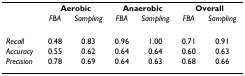
<table><thead><tr><td></td><td colspan="2"><b>Aerobic</b></td><td colspan="2"><b>Anaerobic</b></td><td colspan="2"><b>Overall</b></td></tr><tr><td></td><td><b><i>FBA</i></b></td><td><b><i>Sampling</i></b></td><td><b><i>FBA</i></b></td><td><b><i>Sampling</i></b></td><td><b><i>FBA</i></b></td><td><b><i>Sampling</i></b></td></tr></thead><tbody><tr><td><i>Recall</i></td><td>0.48</td><td>0.83</td><td>0.96</td><td>1.00</td><td>0.71</td><td>0.91</td></tr><tr><td><i>Accuracy</i></td><td>0.55</td><td>0.62</td><td>0.64</td><td>0.64</td><td>0.60</td><td>0.63</td></tr><tr><td><i>Precision</i></td><td>0.78</td><td>0.69</td><td>0.64</td><td>0.63</td><td>0.68</td><td>0.66</td></tr></tbody></table>